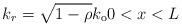
LaTeX: \begin{align*}k_{r}\overset{}{=}\sqrt{1-\rho}k_{\mathrm{o}}0<x<L\end{align*}